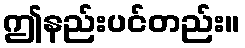
ဤနည်းပင်တည်း။